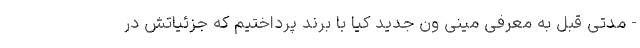
- مدتی قبل به معرفی مینی ون جدید کیا با برند پرداختیم که جزئیاتش در